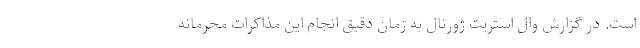
است. در گزارش وال استریت ژورنال به زمان دقیق انجام این مذاکرات محرمانه